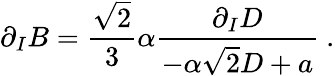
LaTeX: \partial_{I}B={\frac{\sqrt{2}}{3}}\alpha{\frac{\partial_{I}D}{-\alpha\sqrt{2}D+a}}\ .